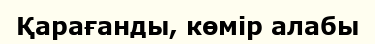
Қарағанды, көмір алабы